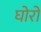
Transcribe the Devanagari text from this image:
घोरो